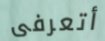
أتعرفى